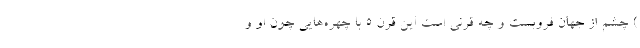
) چشم از جهان فروبست و چه قرنی است این قرن 5 با چهره‌هایی چون او و